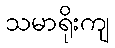
သမာရိုးကျ